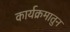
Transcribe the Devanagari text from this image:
कार्यक्रमातुन